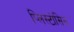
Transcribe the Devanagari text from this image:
प्लिस्टोसिन